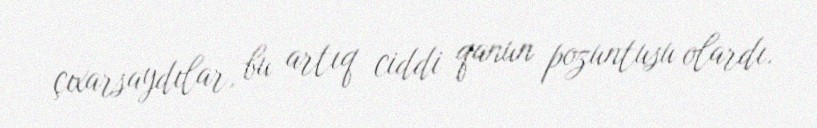
çıxarsaydılar, bu artıq ciddi qanun pozuntusu olardı.